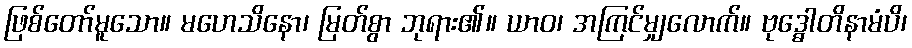
ဖြစ်တော်မူသော။ မဟေသိနော၊ မြတ်စွာ ဘုရား၏။ ယာဝ၊ အကြင်မျှလောက်။ ဗုဒ္ဓေါတိနာမံပိ၊